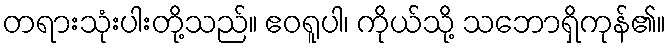
တရားသုံးပါးတို့သည်။ ဧဝရူပါ၊ ကိုယ်သို့ သဘောရှိကုန်၏။